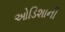
ઓડિશાની